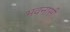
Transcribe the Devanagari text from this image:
भवनासी